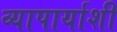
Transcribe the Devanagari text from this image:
व्यापार्याशी